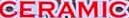
CERAMIC